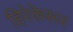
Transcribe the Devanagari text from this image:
हिरेकेरूर